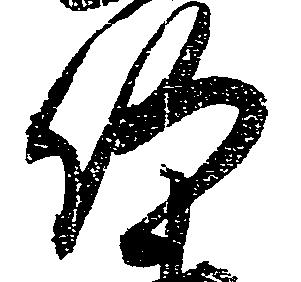
何